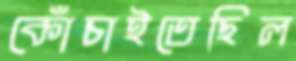
কোঁচাইতেছিল